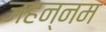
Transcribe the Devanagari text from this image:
जहन्नम